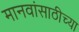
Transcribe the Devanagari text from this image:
मानवांसाठीच्या